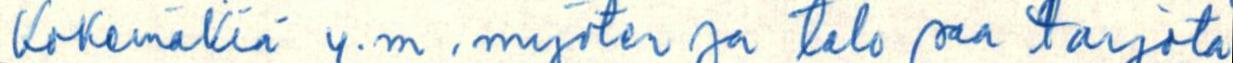
Kokemäkiä y.m. myöten ja talo saa tarjota